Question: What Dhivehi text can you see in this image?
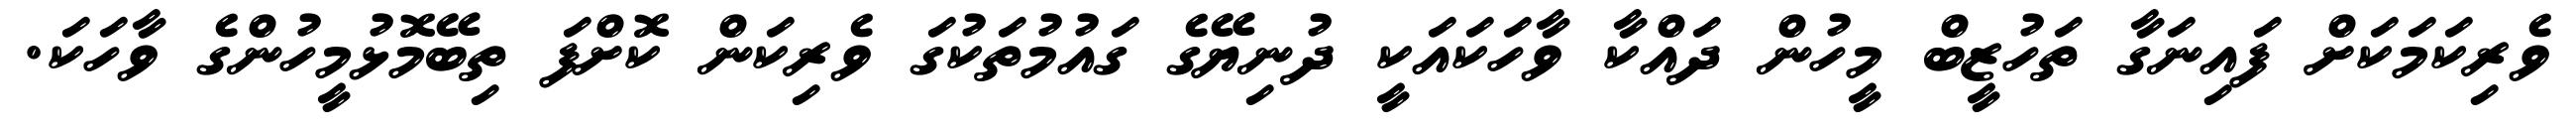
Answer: ވެރިކަމަކަށް ފައިނަގާ ތަހުޒީބް މީހުން ދައްކާ ވާހަކައަކީ ދުނިޔޭގެ ގައުމުތަކުގަ ވެރިކަން ކޮށްފަ ތިބޭމޮޅުމީހުންގެ ވާހަކަ.